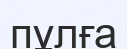
пұлға